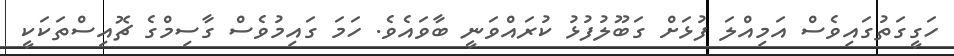
ހަގީގަތުގައިވެސް އަމިއްލަ ފުޅަށް ގަބޫލުފުޅު ކުރައްވަނީ ބާވައެވެ. ހަމަ ގައިމުވެސް ގާސިމްގެ ޗޮއިސްތަކަކީ